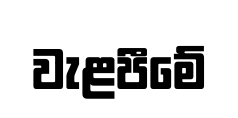
වැළපීමේ